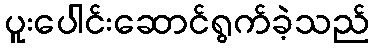
ပူးပေါင်းဆောင်ရွက်ခဲ့သည်